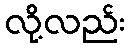
လို့လည်း